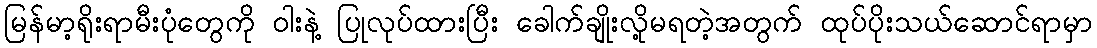
မြန်မာ့ရိုးရာမီးပုံတွေကို ဝါးနဲ့ ပြုလုပ်ထားပြီး ခေါက်ချိုးလို့မရတဲ့အတွက် ထုပ်ပိုးသယ်ဆောင်ရာမှာ